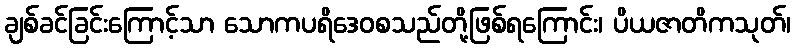
ချစ်ခင်ခြင်းကြောင့်သာ သောကပရိဒေဝစသည်တို့ဖြစ်ရကြောင်း၊ ပိယဇာတိကသုတ်၊